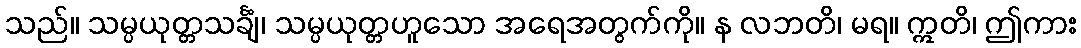
သည်။ သမ္ပယုတ္တသင်္ချံ၊ သမ္ပယုတ္တဟူသော အရေအတွက်ကို။ န လဘတိ၊ မရ။ ဣတိ၊ ဤကား